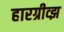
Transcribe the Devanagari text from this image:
हारग्रीव्झ